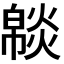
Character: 𤎥